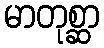
မာတုစ္ဆာ